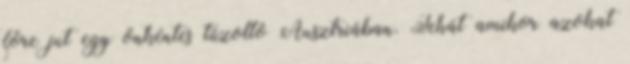
főre jut egy önkéntes tűzoltó Ausztriában. Tehát amikor azokat